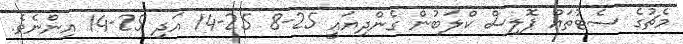
މެޗުގެ ސެޓުތައް ޕޮލިސް ކްލަބުން ގެންދިޔައީ 25-8 25-14 އަދި 25-14 އިންނެވެ.